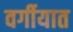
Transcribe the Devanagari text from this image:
वर्गीयात